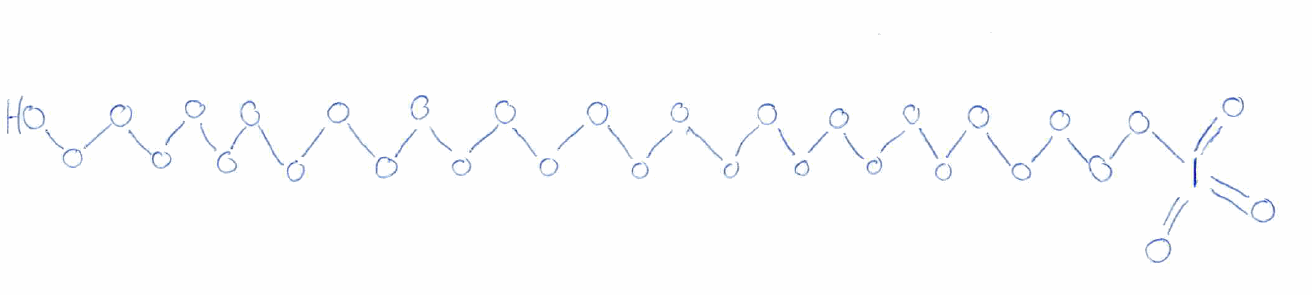
Simplified molecular-input line-entry system (SMILES) notation of the given molecule:
OOOOOOOOOOOOOOOOOOOOOOOOOOOOOI(=O)(=O)=O